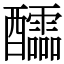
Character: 醽